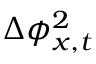
\Delta { \phi } _ { { x } , { t } } ^ { 2 }